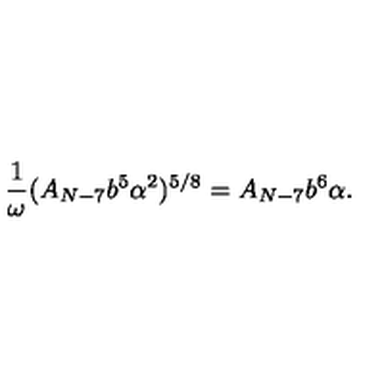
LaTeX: \frac { 1 } { \omega } ( A _ { N - 7 } b ^ { 5 } \alpha ^ { 2 } ) ^ { 5 / 8 } = A _ { N - 7 } b ^ { 6 } \alpha .